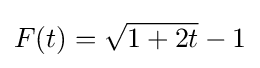
F(t)={\sqrt {1+2t}}-1